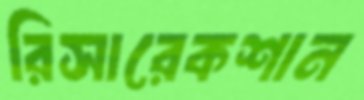
রিসারেকশান